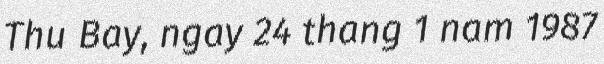
Thu Bay, ngay 24 thang 1 nam 1987